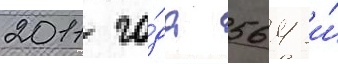
2011 го́да 564 и́